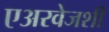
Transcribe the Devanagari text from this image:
एअरवेजशी